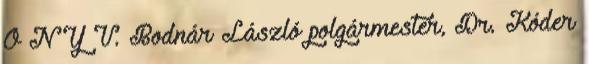
Ö N Y V. Bodnár László polgármester, Dr. Kóder